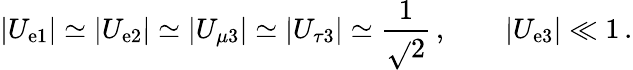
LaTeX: |U_{\mathrm{e}1}|\simeq|U_{\mathrm{e}2}|\simeq|U_{\mu3}|\simeq|U_{\tau3}|\simeq\frac{{1}}{{\sqrt{}{{2}}}}\, ,\qquad|U_{\mathrm{e}3}|\ll1\, .